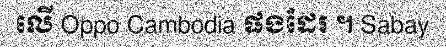
លើ Oppo Cambodia ផងដែរ ។ Sabay